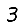
Digit: 3